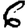
Digit: 6